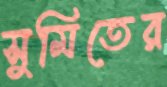
সুমিতের